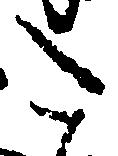
た